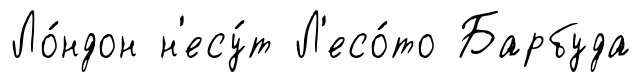
Ло́ндон н'есу́т Л'есо́то Барбуда